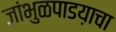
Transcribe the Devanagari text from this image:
जांभुळपाडय़ाचा